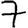
Digit: 7